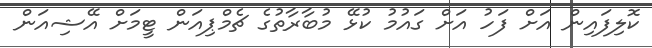
ކޮލިފައިން އަށް ފަހު އަށް ގައުމު ކުޅޭ މުބާރާތުގެ ޗެމްޕިއަން ޓީމަށް އޭޝިއަން